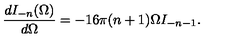
\frac { d I _ { - n } ( \Omega ) } { d \Omega } = - 1 6 \pi ( n + 1 ) \Omega I _ { - n - 1 } .